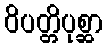
ဝိပတ္တိပုစ္ဆာ